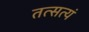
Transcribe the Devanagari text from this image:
तत्सत्यं